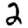
Digit: 2